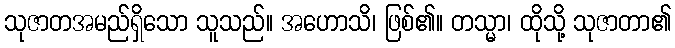
သုဇာတအမည်ရှိသော သူသည်။ အဟောသိ၊ ဖြစ်၏။ တသ္မာ၊ ထိုသို့ သုဇာတာ၏